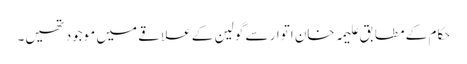
حکام کے مطابق علیمہ خان اتوار سے گولین کے علاقے میں موجود تھیں۔